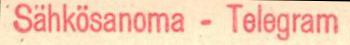
Sähkösanoma-Telegram